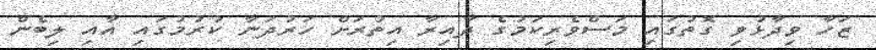
ޒަހާ ވިދާޅުވި ގޮތުގައި މަސްވެރިކަމުގެ ދާއިރާ އިތުރަށް ހަރުދަނާ ކުރުމުގައި އާއި ލިބެން